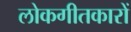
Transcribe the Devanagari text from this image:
लोकगीतकारों